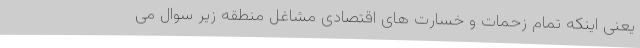
یعنی اینکه تمام زحمات و خسارت های اقتصادی مشاغل منطقه زیر سوال می‌